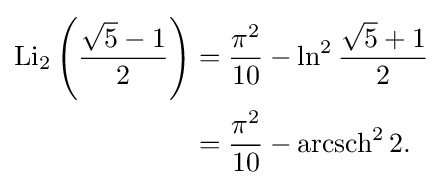
{\begin{aligned}\operatorname {Li} _{2}\left({\frac {{\sqrt {5}}-1}{2}}\right)&={\frac {{\pi }^{2}}{10}}-\ln ^{2}{\frac {{\sqrt {5}}+1}{2}}\\&={\frac {{\pi }^{2}}{10}}-\operatorname {arcsch} ^{2}2.\end{aligned}}